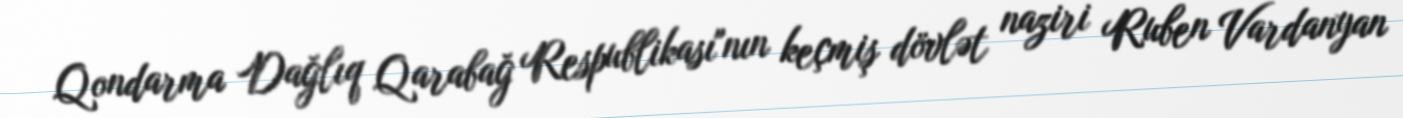
Qondarma Dağlıq Qarabağ Respublikası"nın keçmiş dövlət naziri Ruben Vardanyan